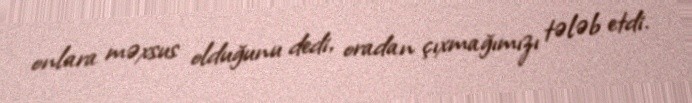
onlara məxsus olduğunu dedi, oradan çıxmağımızı tələb etdi.